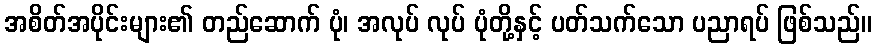
အစိတ်အပိုင်းများ၏ တည်ဆောက် ပုံ၊ အလုပ် လုပ် ပုံတို့နှင့် ပတ်သက်သော ပညာရပ် ဖြစ်သည်။